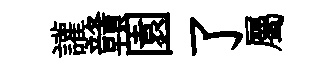
讙贛園了屬